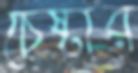
চেষ্টার